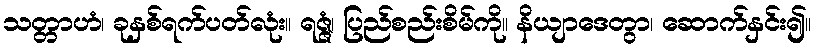
သတ္တာဟံ၊ ခုနှစ်ရက်ပတ်လုံး။ ရဇ္ဇံ၊ ပြည်စည်းစိမ်ကို။ နိယျာဒေတွာ၊ ဆောက်နှင်း၍။